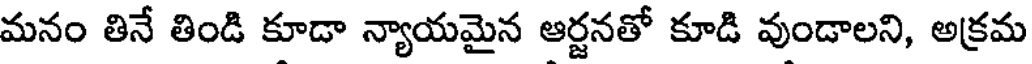
మనం తినే తిండి కూడా న్యాయమైన ఆర్జనతో కూడి వుండాలని, అక్రమ